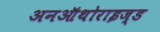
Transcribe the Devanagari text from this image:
अनऑथोराइज्ड